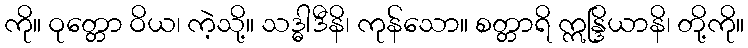
ကို။ ဝုတ္တော ဝိယ၊ ကဲ့သို့။ သဒ္ဓါဒီနိ၊ ကုန်သော။ စတ္တာရိ ဣန္ဒြိယာနိ၊ တို့ကို။